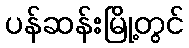
ပန်ဆန်းမြို့တွင်